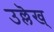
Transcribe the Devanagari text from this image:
उल्लॆख्